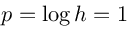
p = \log h = 1